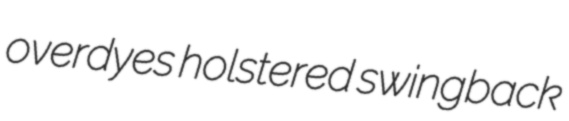
overdyes holstered swingback